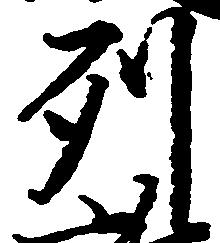
列